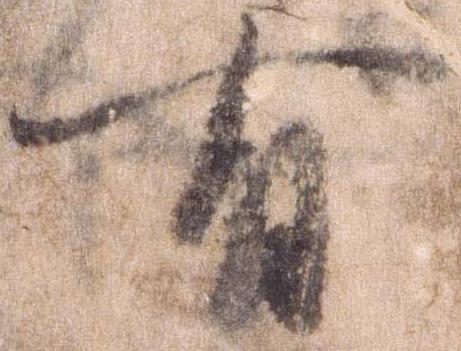
有